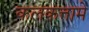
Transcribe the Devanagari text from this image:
कलकत्तामे